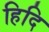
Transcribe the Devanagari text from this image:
हिदि